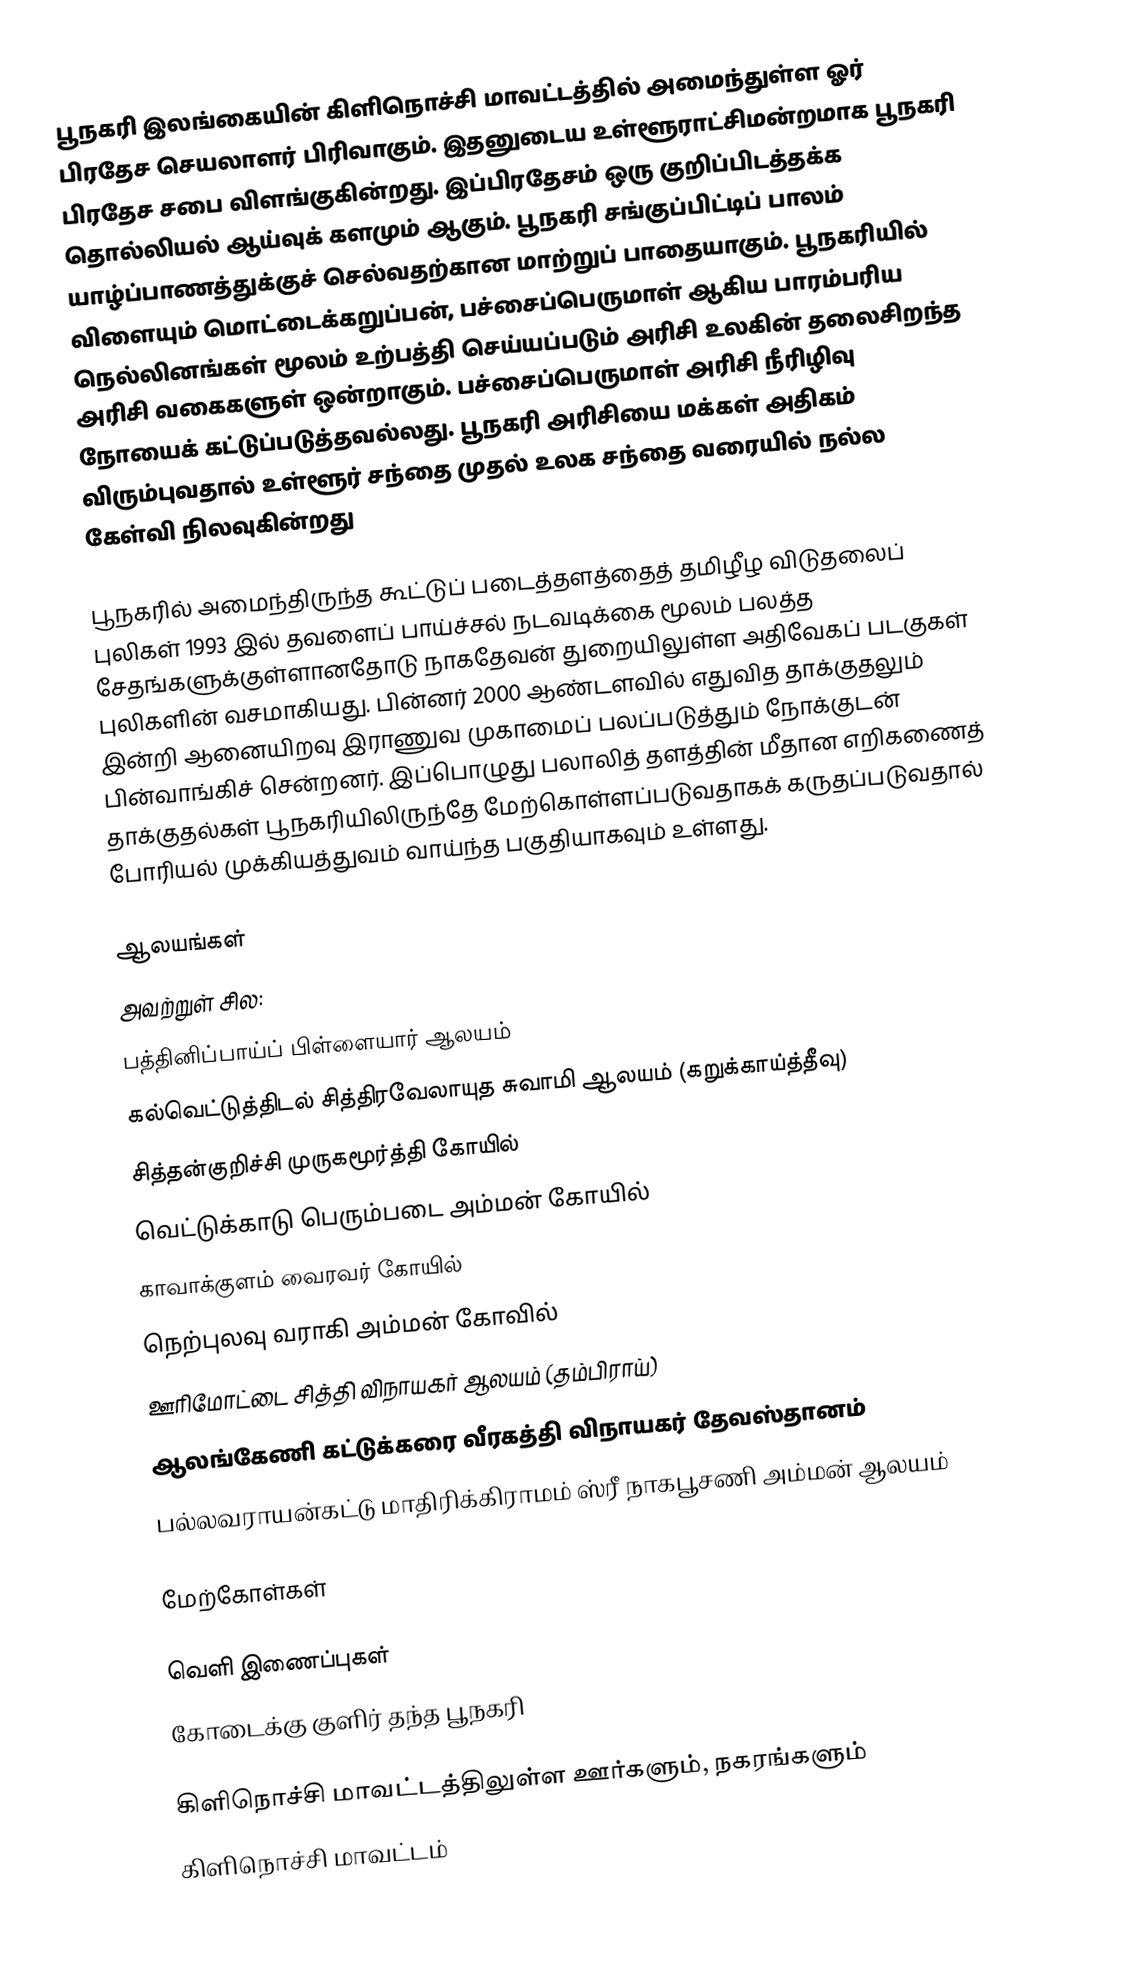
பூநகரி இலங்கையின் கிளிநொச்சி மாவட்டத்தில் அமைந்துள்ள ஓர் பிரதேச செயலாளர் பிரிவாகும். இதனுடைய உள்ளூராட்சிமன்றமாக பூநகரி பிரதேச சபை விளங்குகின்றது. இப்பிரதேசம் ஒரு குறிப்பிடத்தக்க தொல்லியல் ஆய்வுக் களமும் ஆகும். பூநகரி சங்குப்பிட்டிப் பாலம் யாழ்ப்பாணத்துக்குச் செல்வதற்கான மாற்றுப் பாதையாகும். பூநகரியில் விளையும் மொட்டைக்கறுப்பன், பச்சைப்பெருமாள் ஆகிய பாரம்பரிய நெல்லினங்கள் மூலம் உற்பத்தி செய்யப்படும் அரிசி உலகின் தலைசிறந்த அரிசி வகைகளுள் ஒன்றாகும். பச்சைப்பெருமாள் அரிசி நீரிழிவு நோயைக் கட்டுப்படுத்தவல்லது. பூநகரி அரிசியை மக்கள் அதிகம் விரும்புவதால் உள்ளூர் சந்தை முதல் உலக சந்தை வரையில் நல்ல கேள்வி நிலவுகின்றது

பூநகரில் அமைந்திருந்த கூட்டுப் படைத்தளத்தைத் தமிழீழ விடுதலைப் புலிகள் 1993 இல் தவளைப் பாய்ச்சல் நடவடிக்கை மூலம் பலத்த சேதங்களுக்குள்ளானதோடு நாகதேவன் துறையிலுள்ள அதிவேகப் படகுகள் புலிகளின் வசமாகியது. பின்னர் 2000 ஆண்டளவில் எதுவித தாக்குதலும் இன்றி ஆனையிறவு இராணுவ முகாமைப் பலப்படுத்தும் நோக்குடன் பின்வாங்கிச் சென்றனர். இப்பொழுது பலாலித் தளத்தின் மீதான எறிகணைத் தாக்குதல்கள் பூநகரியிலிருந்தே மேற்கொள்ளப்படுவதாகக் கருதப்படுவதால் போரியல் முக்கியத்துவம் வாய்ந்த பகுதியாகவும் உள்ளது.

ஆலயங்கள்
அவற்றுள் சில:
 பத்தினிப்பாய்ப் பிள்ளையார் ஆலயம்
 கல்வெட்டுத்திடல் சித்திரவேலாயுத சுவாமி ஆலயம் (கறுக்காய்த்தீவு)
 சித்தன்குறிச்சி முருகமூர்த்தி கோயில்
 வெட்டுக்காடு பெரும்படை அம்மன் கோயில்
 காவாக்குளம் வைரவர் கோயில்
 நெற்புலவு வராகி அம்மன் கோவில்
 ஊரிமோட்டை சித்தி விநாயகர் ஆலயம் (தம்பிராய்)
 ஆலங்கேணி கட்டுக்கரை வீரகத்தி விநாயகர் தேவஸ்தானம்
 பல்லவராயன்கட்டு மாதிரிக்கிராமம் ஸ்ரீ நாகபூசணி அம்மன் ஆலயம்

மேற்கோள்கள்

வெளி இணைப்புகள்
 கோடைக்கு குளிர் தந்த பூநகரி

கிளிநொச்சி மாவட்டத்திலுள்ள ஊர்களும், நகரங்களும்
கிளிநொச்சி மாவட்டம்